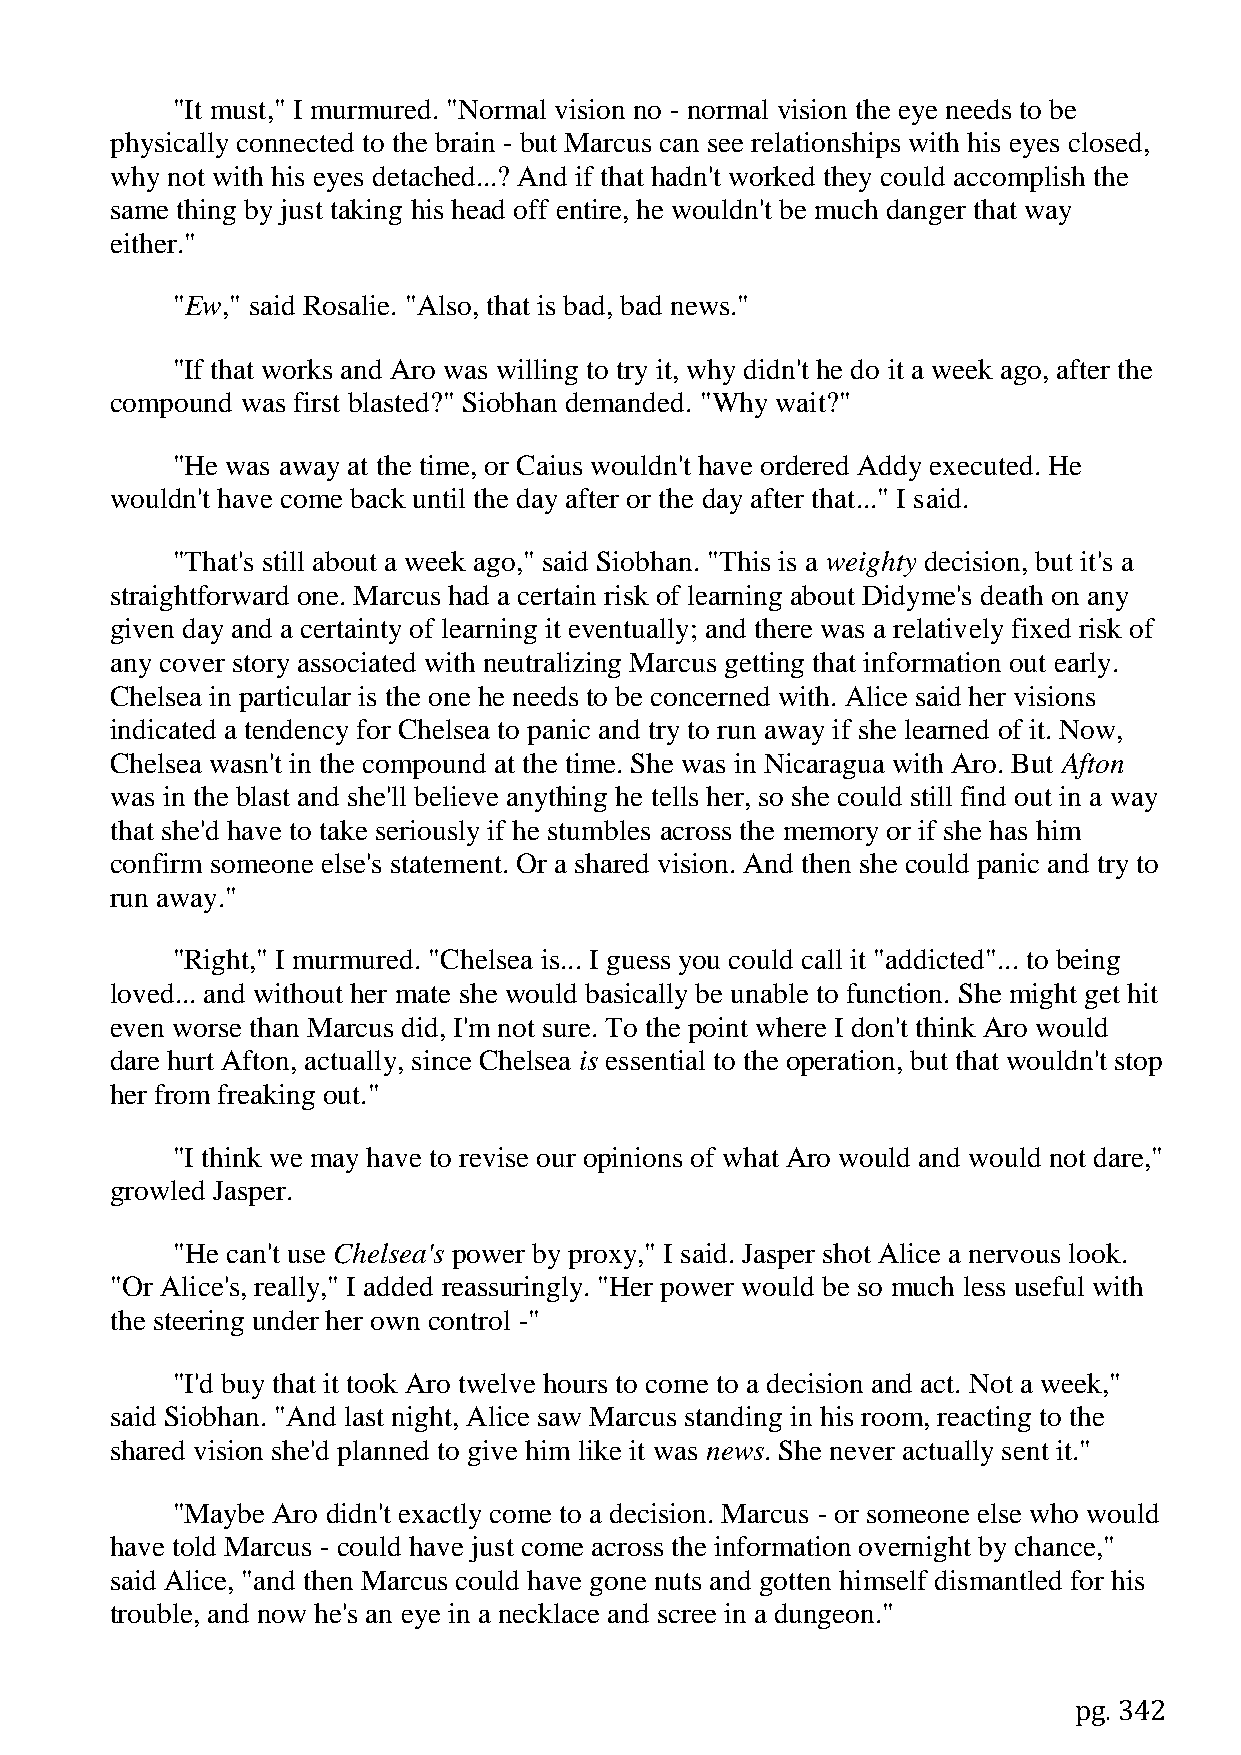
"It must," I murmured. "Normal vision no - normal vision the eye needs to be
 physically connected to the brain - but Marcus can see relationships with his eyes closed,
 why not with his eyes detached...? And if that hadn't worked they could accomplish the
 same thing by just taking his head off entire, he wouldn't be much danger that way
 either."
 "Ew," said Rosalie. "Also, that is bad, bad news."
 "If that works and Aro was willing to try it, why didn't he do it a week ago, after the
 compound was first blasted?" Siobhan demanded. "Why wait?"
 "He was away at the time, or Caius wouldn't have ordered Addy executed. He
 wouldn't have come back until the day after or the day after that..." I said.
 "That's still about a week ago," said Siobhan. "This is a weighty decision, but it's a
 straightforward one. Marcus had a certain risk of learning about Didyme's death on any
 given day and a certainty of learning it eventually; and there was a relatively fixed risk of
 any cover story associated with neutralizing Marcus getting that information out early.
 Chelsea in particular is the one he needs to be concerned with. Alice said her visions
 indicated a tendency for Chelsea to panic and try to run away if she learned of it. Now,
 Chelsea wasn't in the compound at the time. She was in Nicaragua with Aro. But Afton
 was in the blast and she'll believe anything he tells her, so she could still find out in a way
 that she'd have to take seriously if he stumbles across the memory or if she has him
 confirm someone else's statement. Or a shared vision. And then she could panic and try to
 run away."
 "Right," I murmured. "Chelsea is... I guess you could call it "addicted"... to being
 loved... and without her mate she would basically be unable to function. She might get hit
 even worse than Marcus did, I'm not sure. To the point where I don't think Aro would
 dare hurt Afton, actually, since Chelsea is essential to the operation, but that wouldn't stop
 her from freaking out."
 "I think we may have to revise our opinions of what Aro would and would not dare,"
 growled Jasper.
 "He can't use Chelsea's power by proxy," I said. Jasper shot Alice a nervous look.
 "Or Alice's, really," I added reassuringly. "Her power would be so much less useful with
 the steering under her own control -"
 "I'd buy that it took Aro twelve hours to come to a decision and act. Not a week,"
 said Siobhan. "And last night, Alice saw Marcus standing in his room, reacting to the
 shared vision she'd planned to give him like it was news. She never actually sent it."
 "Maybe Aro didn't exactly come to a decision. Marcus - or someone else who would
 have told Marcus - could have just come across the information overnight by chance,"
 said Alice, "and then Marcus could have gone nuts and gotten himself dismantled for his
 trouble, and now he's an eye in a necklace and scree in a dungeon."
 pg. 342